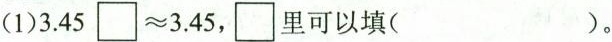
(1)3.45 \square \approx 3.45，\square 里可以填( )。